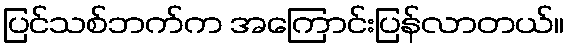
ပြင်သစ်ဘက်က အကြောင်းပြန်လာတယ်။